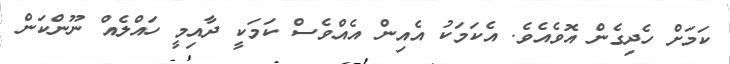
ކަމަށް ހެދިގެން އޮވެއެވެ. އެކަމަކު އެއިން އެއްވެސް ކަމަކީ ދާއިމީ ހައްލެއް ނޫންކަން